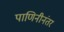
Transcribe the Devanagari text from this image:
पाणिनीनंतर